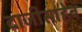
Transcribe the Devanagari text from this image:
दाजीसाहेब